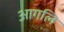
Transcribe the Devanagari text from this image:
आगलि